Report on vaccination for the Province of Oudh 1873 -
Year: 1873
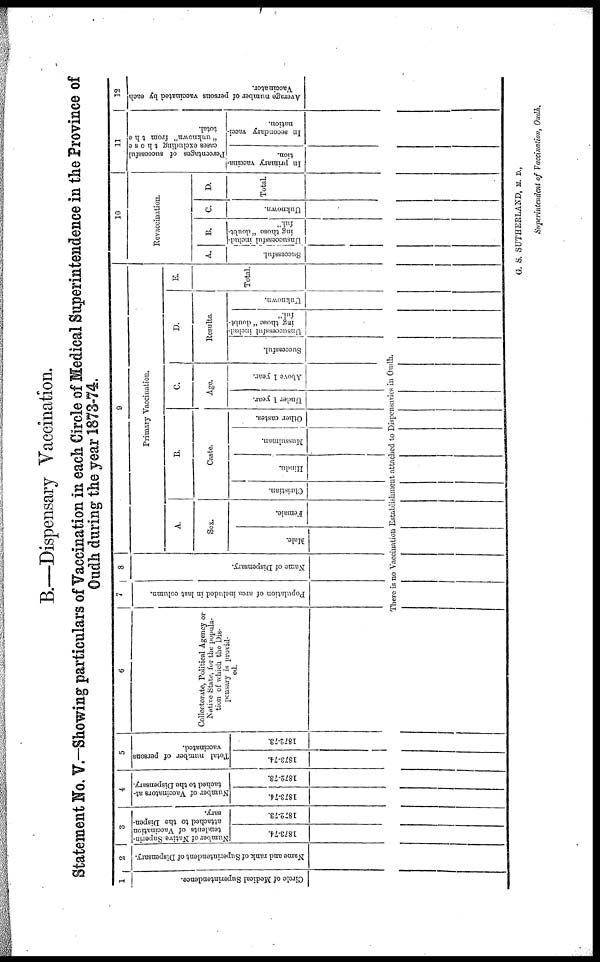
B.—Dispensary Vaccination.
Statement No. V.—Showing particulars of Vaccination in each Circle of Medical Superintendence in the Province of
Oudh during the year 1873-74.
1
Circle of Medical Superintendence.
2
Name and rank of Superintendent of Dispensary.
3
Number of Native Superin-
tendents of Vaccination
attached to the Dispen-
sary.
1873-74.
1872-73.
4
Number of Vaccinators at-
tached to the Dispensary.
1873-74.
1872-73.
5
Total number of persons
vaccinated.
1873-74.
1872-73.
6
Collectorate, Political Agency or
Native State, for the popula-
tion of which the Dis-
pensary is provid-
ed.
7
Population of area included in last column.
8
Name of Dispensary.
9
Primary Vaccination.
A.
Sex.
Male.
Female.
B.
Caste.
Christian.
Hindu.
Mussulman.
Other castes.
C.
Age.
Under 1 year.
Above 1 year.
D.
Results.
Successful.
There is no Vaccination Establishment attached to Dispensaries in Oudh.
Unsuccessful includ-
ing those " doubt-
ful."
Unknown.
E.
Total.
10
Revaccination.
A.
Successful.
B.
Unsuccessful includ-
ing those " doubt-
ful."
C.
Unknown.
D.
Total.
11
Percentages of successful
cases excluding those
" unknown" from the
total.
In primary vaccina-
tion.
In secondary vacci-
nation.
12
Average number of persons vaccinated by each
Vaccinator.
G. S. SUTHERLAND, M. D.,
Superintendent of Vaccination, Oudh.